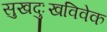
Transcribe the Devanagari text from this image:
सुखदुःखविवेक